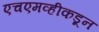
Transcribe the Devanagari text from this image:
एचएमव्हीकडून